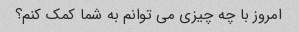
امروز با چه چیزی می توانم به شما کمک کنم؟